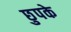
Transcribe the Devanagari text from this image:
छुपके